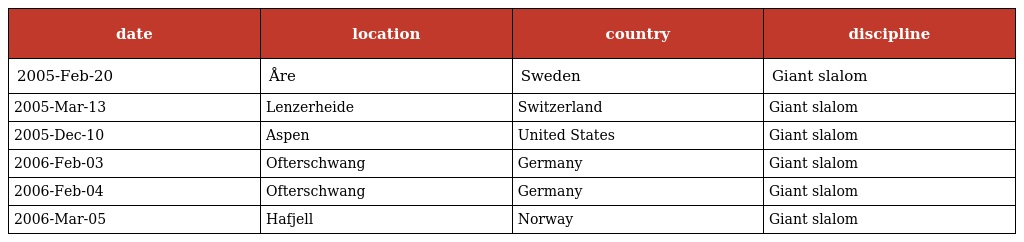
| date | location | country | discipline |
 | --- | --- | --- | --- |
 | 2005-Feb-20 | Åre | Sweden | Giant slalom |
 | 2005-Mar-13 | Lenzerheide | Switzerland | Giant slalom |
 | 2005-Dec-10 | Aspen | United States | Giant slalom |
 | 2006-Feb-03 | Ofterschwang | Germany | Giant slalom |
 | 2006-Feb-04 | Ofterschwang | Germany | Giant slalom |
 | 2006-Mar-05 | Hafjell | Norway | Giant slalom |